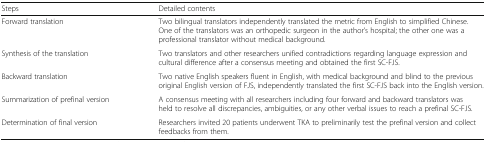
| Steps | Detailed contents |
 | --- | --- |
 | Forward translation | Two bilingual translators independently translated the metric from English to simplified Chinese. One of the translators was an orthopedic surgeon in the author’s hospital; the other one was a professional translator without medical background. |
 | Synthesis of the translation | Two translators and other researchers unified contradictions regarding language expression and cultural difference after a consensus meeting and obtained the first SC-FJS. |
 | Backward translation | Two native English speakers fluent in English, with medical background and blind to the previous original English version of FJS, independently translated the first SC-FJS back into the English version. |
 | Summarization of prefinal version | A consensus meeting with all researchers including four forward and backward translators was held to resolve all discrepancies, ambiguities, or any other verbal issues to reach a prefinal SC-FJS. |
 | Determination of final version | Researchers invited 20 patients underwent TKA to preliminarily test the prefinal version and collect feedbacks from them. |